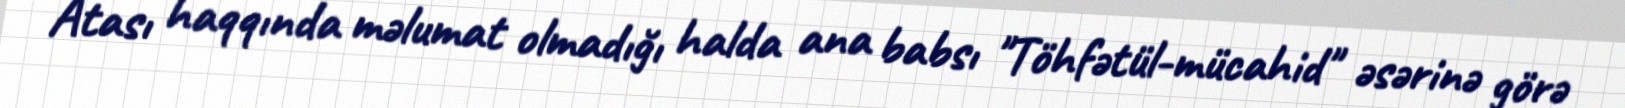
Atası haqqında məlumat olmadığı halda ana babsı "Töhfətül-mücahid" əsərinə görə